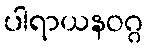
ပါရာယနဝဂ္ဂ